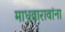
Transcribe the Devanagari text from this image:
माधवारावांना